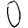
Digit: 0